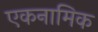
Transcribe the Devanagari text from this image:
एकनामिक